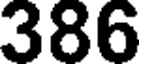
386